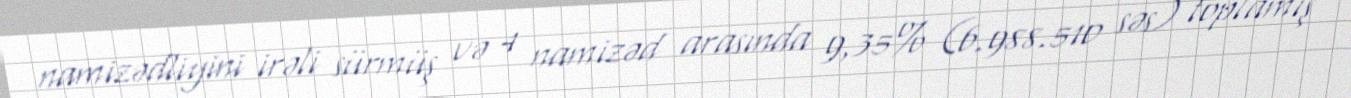
namizədliyini irəli sürmüş və 4 namizəd arasında 9,35% (6.988.510 səs) toplamış